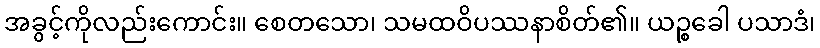
အခွင့်ကိုလည်းကောင်း။ စေတသော၊ သမထဝိပဿနာစိတ်၏။ ယဉ္စခေါ ပသာဒံ၊